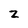
Character: 2